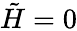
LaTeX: \tilde{H}=0